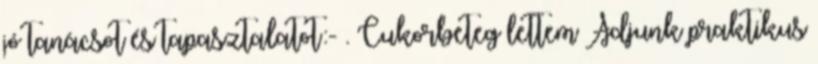
jó tanácsot és tapasztalatot:- . Cukorbeteg lettem Adjunk praktikus